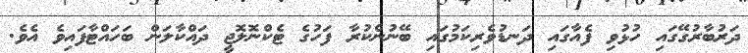
ދަރުބާރުގޭގައި ހުޅުވި ފެއާގައި ދަނޑުވެރިކަމުގައި ބޭނުންކުރާ ފަހުގެ ޓެކްނޮލޮޖީ ދައްކާލަން ބަހައްޓާފައިވެ އެވެ.